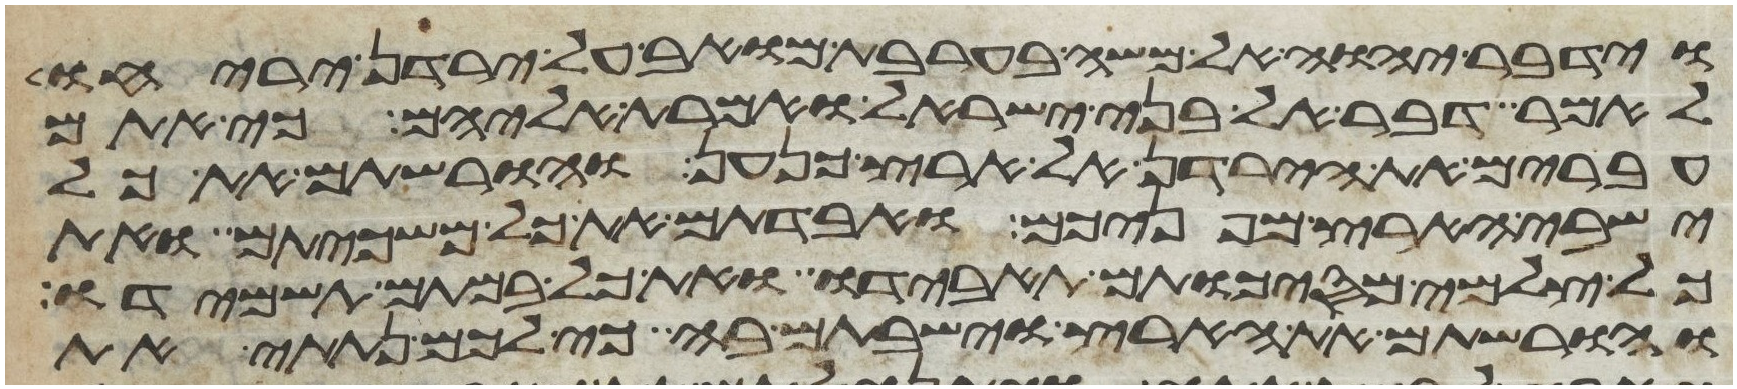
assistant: וידבר יהוה אל משה בערבת מואב על ירדן יריחו
לאמר דבר אל בני ישראל ואמרת אליהם כי אתם
עברים את הירדן אל ארץ כנען והורשתם את כל
ישבי הארץ מפניכם ואבדתם את כל משכיותם ואת
כל צלמי מסכותם תאבידו ואת כל במתם תשמידו
והורשתם את הארץ וישבתם בה כי לכם נתתי את